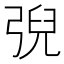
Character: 𢏱